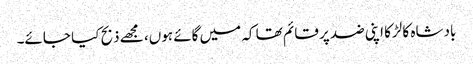
بادشاہ کا لڑکا اپنی ضد پر قائم تھا کہ میں گائے ہوں، مجھے ذبح کیا جائے۔